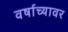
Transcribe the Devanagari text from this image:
वर्षाच्यावर